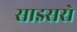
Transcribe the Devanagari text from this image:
साइसरो